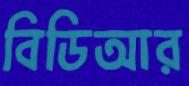
বিডিআর